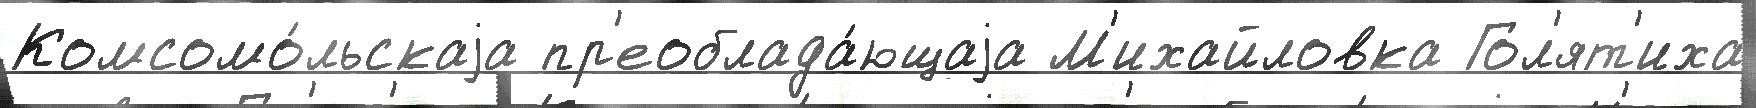
Комсомо́льскаjа пр'еоблада́ющаjа М'ихайловка Гол'ят'иха